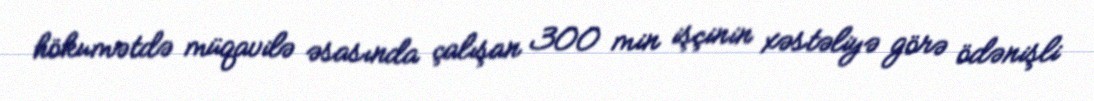
hökumətdə müqavilə əsasında çalışan 300 min işçinin xəstəliyə görə ödənişli